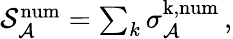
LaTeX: \begin{array}{r}{\mathcal{S}_{\mathcal{A}}^{\mathrm{num}}=\sum_{k}\sigma_{\mathcal{A}}^{\mathrm{k,num}}\, ,}\end{array}